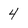
Character: 4